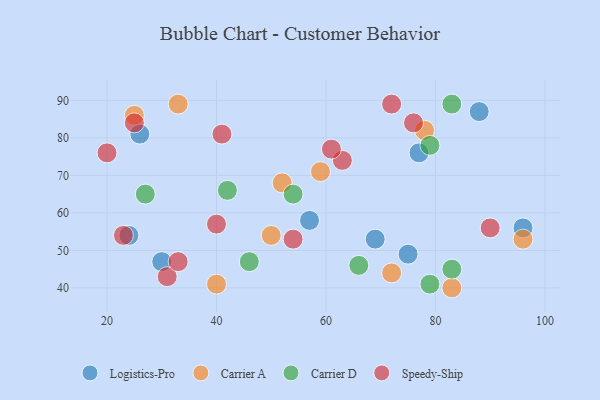
{"axis": {"x": "GDP", "y": "Life Expectancy"}, "legend": ["Carrier A", "Carrier D", "Logistics-Pro", "Speedy-Ship"], "data": [{"x": "69", "y": 53, "type": "Logistics-Pro"}, {"x": "24", "y": 54, "type": "Logistics-Pro"}, {"x": "57", "y": 58, "type": "Logistics-Pro"}, {"x": "30", "y": 47, "type": "Logistics-Pro"}, {"x": "26", "y": 81, "type": "Logistics-Pro"}, {"x": "75", "y": 49, "type": "Logistics-Pro"}, {"x": "88", "y": 87, "type": "Logistics-Pro"}, {"x": "77", "y": 76, "type": "Logistics-Pro"}, {"x": "96", "y": 56, "type": "Logistics-Pro"}, {"x": "40", "y": 41, "type": "Carrier A"}, {"x": "78", "y": 82, "type": "Carrier A"}, {"x": "52", "y": 68, "type": "Carrier A"}, {"x": "96", "y": 53, "type": "Carrier A"}, {"x": "50", "y": 54, "type": "Carrier A"}, {"x": "72", "y": 44, "type": "Carrier A"}, {"x": "83", "y": 40, "type": "Carrier A"}, {"x": "25", "y": 86, "type": "Carrier A"}, {"x": "33", "y": 89, "type": "Carrier A"}, {"x": "59", "y": 71, "type": "Carrier A"}, {"x": "66", "y": 46, "type": "Carrier D"}, {"x": "83", "y": 89, "type": "Carrier D"}, {"x": "42", "y": 66, "type": "Carrier D"}, {"x": "83", "y": 45, "type": "Carrier D"}, {"x": "27", "y": 65, "type": "Carrier D"}, {"x": "79", "y": 41, "type": "Carrier D"}, {"x": "79", "y": 78, "type": "Carrier D"}, {"x": "46", "y": 47, "type": "Carrier D"}, {"x": "54", "y": 65, "type": "Carrier D"}, {"x": "31", "y": 43, "type": "Speedy-Ship"}, {"x": "25", "y": 84, "type": "Speedy-Ship"}, {"x": "23", "y": 54, "type": "Speedy-Ship"}, {"x": "90", "y": 56, "type": "Speedy-Ship"}, {"x": "63", "y": 74, "type": "Speedy-Ship"}, {"x": "76", "y": 84, "type": "Speedy-Ship"}, {"x": "72", "y": 89, "type": "Speedy-Ship"}, {"x": "61", "y": 77, "type": "Speedy-Ship"}, {"x": "20", "y": 76, "type": "Speedy-Ship"}, {"x": "54", "y": 53, "type": "Speedy-Ship"}, {"x": "40", "y": 57, "type": "Speedy-Ship"}, {"x": "33", "y": 47, "type": "Speedy-Ship"}, {"x": "41", "y": 81, "type": "Speedy-Ship"}]}